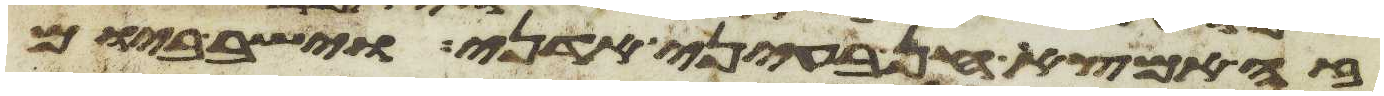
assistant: זה אמצא חן בעיני אדני וישב ביום